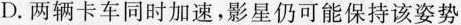
D.两辆卡车同时加速，影星仍可能保持该姿势